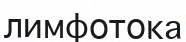
лимфотока